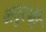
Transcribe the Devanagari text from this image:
अदुरथी